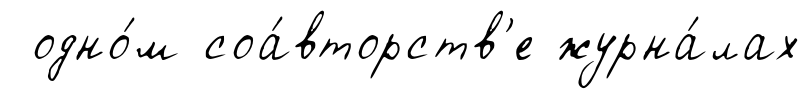
одно́м соа́вторств'е журна́лах